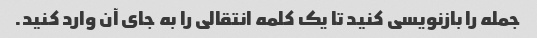
جمله را بازنویسی کنید تا یک کلمه انتقالی را به جای آن وارد کنید.